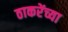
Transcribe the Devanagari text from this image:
ठाकरेंच्या